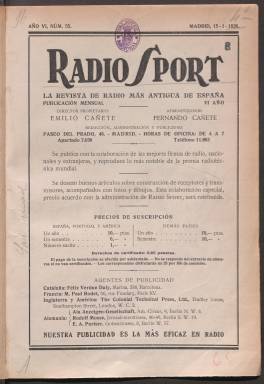
Título: Radio sport
Colección: Comunicaciones
Ámbito geográfico: Madrid
Lugar de publicación: Madrid
Fechas: 15/01/1928-30/06/1936

Faltan números en la colección original: n. 1-54, 93-97, 109, 114, 116 y 117.

Faltan cubiertas y páginas en varios números. Algunos vienen acompañados de publicaciones suplementarias con su numeración propia o sin numeración, como el Boletín de Red Española, Boletín de la U.R.E. y Ondas cortas. En algunos no consta la fecha completa.